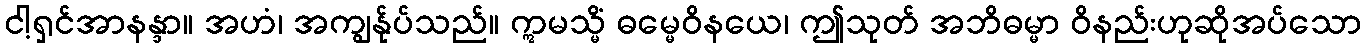
ငါ့ရှင်အာနန္ဒာ။ အဟံ၊ အကျွန်ုပ်သည်။ ဣမသ္မိံ ဓမ္မေဝိနယေ၊ ဤသုတ် အဘိဓမ္မာ ဝိနည်းဟုဆိုအပ်သော